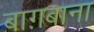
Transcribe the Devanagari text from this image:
बाग़बाना